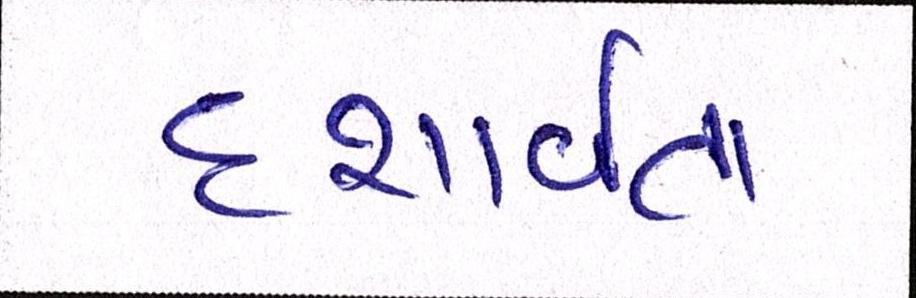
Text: દશાર્વતા